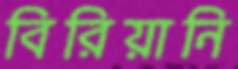
বিরিয়ানি